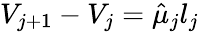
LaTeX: V_{j+1}-V_{j}=\hat{\mu}_{j}l_{j}